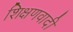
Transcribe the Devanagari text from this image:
शिक्षणवादी